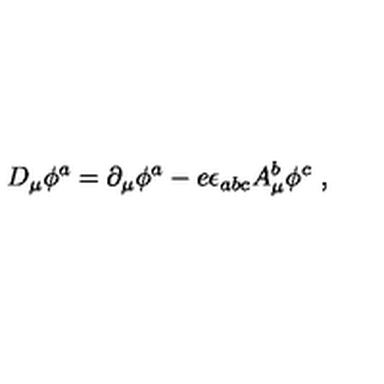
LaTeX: D _ { \mu } \phi ^ { a } = \partial _ { \mu } \phi ^ { a } - e \epsilon _ { a b c } A _ { \mu } ^ { b } \phi ^ { c } \ ,